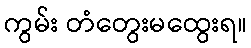
ကွမ်း တံတွေးမထွေးရ။